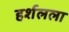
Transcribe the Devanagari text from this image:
हर्शलला